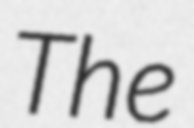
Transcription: The